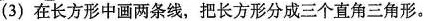
(3) 在长方形中画两条线，把长方形分成三个直角三角形。